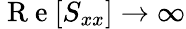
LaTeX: \mathrm{~R~e~}[S_{xx}]\rightarrow\infty